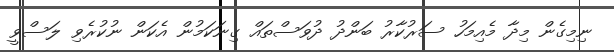
ނިމިގެން މިދާ މެއިމަހު ސަރުކާރު ބަންދު ދުވަސްތައް ގިނަކަމުން އެކަން ނުކުރެވި ލަސްވީ